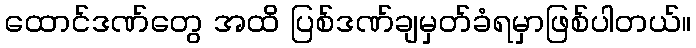
ထောင်ဒဏ်တွေ အထိ ပြစ်ဒဏ်ချမှတ်ခံရမှာဖြစ်ပါတယ်။